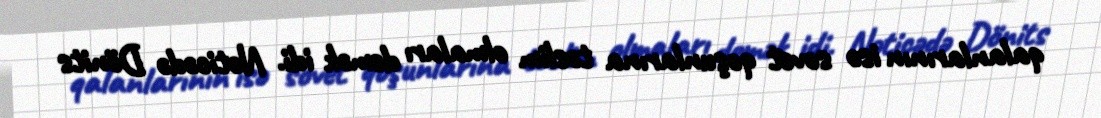
qalanlarının isə sovet qoşunlarına təslim olmaları demək idi. Nəticədə Dönits